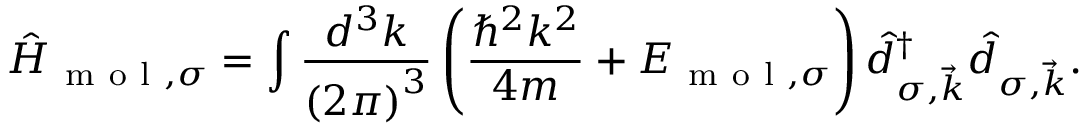
\hat { H } _ { \mathrm { ~ m ~ o ~ l ~ } , \sigma } = \int \frac { d ^ { 3 } k } { \left( 2 \pi \right) ^ { 3 } } \left( \frac { \hbar ^ { 2 } k ^ { 2 } } { 4 m } + E _ { \mathrm { ~ m ~ o ~ l ~ } , \sigma } \right) \hat { d } _ { \sigma , \vec { k } } ^ { \dagger } \hat { d } _ { \sigma , \vec { k } } .